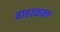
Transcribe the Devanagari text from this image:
वाहाळकर